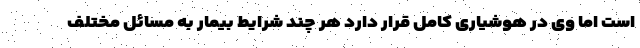
است اما وی در هوشیاری کامل قرار دارد هر چند شرایط بیمار به مسائل مختلف